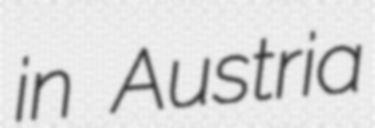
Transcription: in Austria